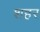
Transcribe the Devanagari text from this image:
श्‍ाहर